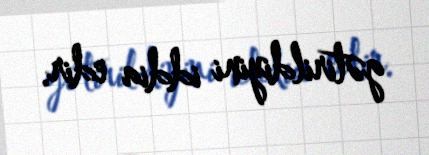
gətirildiyini iddia edir.